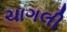
ચાગલી